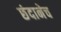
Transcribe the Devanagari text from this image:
छंदानेच